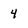
Character: 4